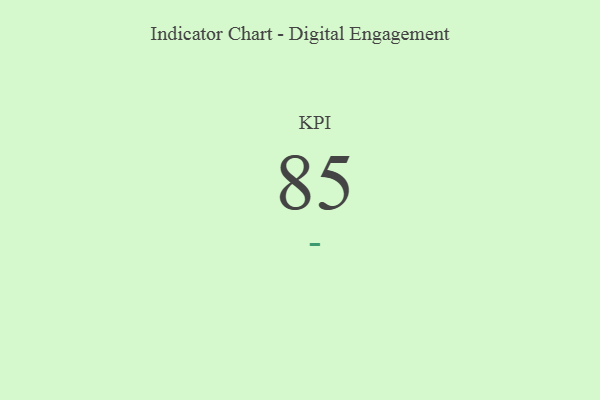
{"axis": {"x": "KPI", "y": "Value"}, "legend": [""], "data": [{"x": "KPI", "y": 85, "type": ""}]}